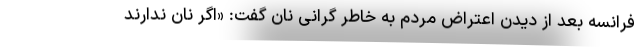
فرانسه بعد از دیدن اعتراض مردم به خاطر گرانی نان گفت: «اگر نان ندارند